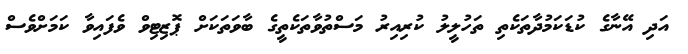
އަދި އޭނާގެ ކުޑަކަމުދާތަކެތި ތަހުލީލު ކުރިއިރު މަސްތުވާތަކެތީގެ ބާވަތަކަށް ޕޮޒިޓިވް ވެފައިވާ ކަމަށްވެސް